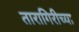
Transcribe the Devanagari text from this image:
तारागिरीच्या